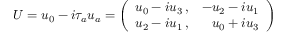
U = u _ { 0 } - i \tau _ { a } u _ { a } = \left( \begin{array} { r r } { { u _ { 0 } - i u _ { 3 } \, , } } & { { - u _ { 2 } - i u _ { 1 } } } \\ { { u _ { 2 } - i u _ { 1 } \, , } } & { { u _ { 0 } + i u _ { 3 } } } \end{array} \right)